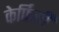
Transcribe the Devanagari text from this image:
केर्फिली